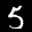
Label: 5